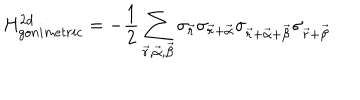
H _ { g o n i m e t r i c } ^ { 2 d } = - \frac { 1 } { 2 } \sum _ { \vec { r } , \vec { \alpha } , \vec { \beta } } \sigma _ { \vec { r } } \sigma _ { \vec { r } + \vec { \alpha } } \sigma _ { \vec { r } + \vec { \alpha } + \vec { \beta } } \sigma _ { \vec { r } + \vec { \beta } }